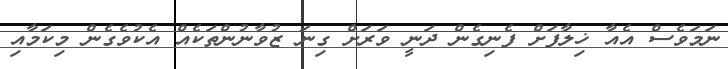
ނަމަވެސް އެއާ ޚިލާފަށް ފެނިގެން ދަނީ ވަރަށް ގިނަ ޒުވާނުންތަކެއް އެކުވެގެން މިކަމާއި